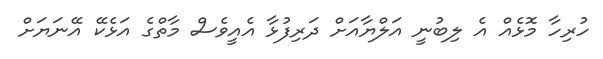
ހުރިހާ މޮޅެއް އެ ލިބުނީ އަލްޔާއަށް ދަރިފުޅާ އެއީވެސް މާތްގެ އަޅެކޭ އޭނަޔަށް